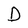
Character: D